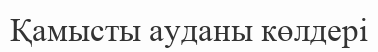
Қамысты ауданы көлдері